Civil Veterinary Dept. North-West Frontier Province 1901-22 - 1901-1922
Year: 1901
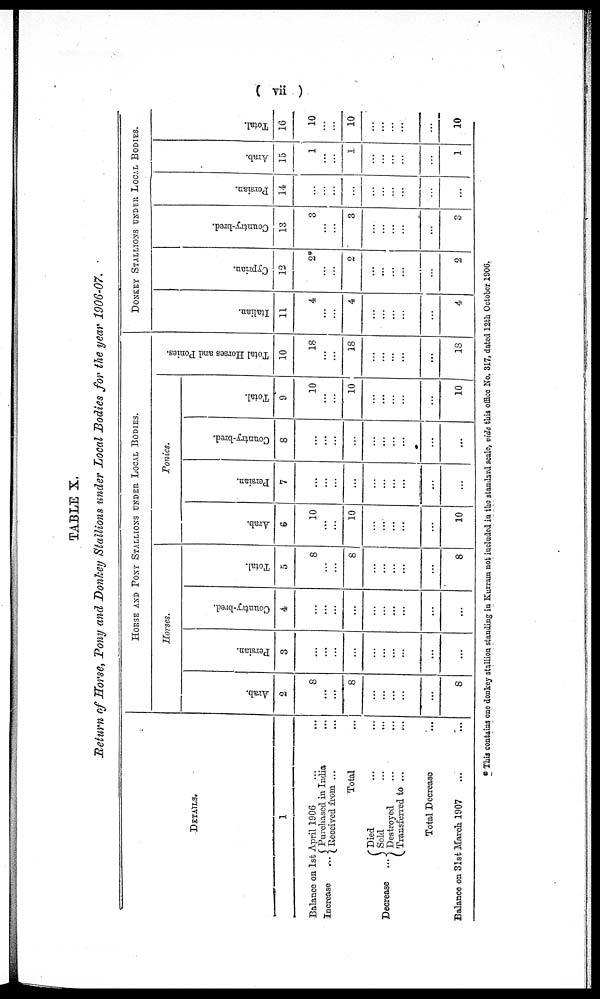
(vii)
TABLE X.
Return of Horse, Pony and Donkey Stallions under Local Bodies for the year 1906-07.
DETAILS.
1
Balance on 1st April 1906 ... ...
Increase
...
Decrease
...
Purchased in India ...
Received from ... ...
Total ...
Died ... ...
Sold ... ...
Destroyed ...
Transferred to ... ...
Total Decrease ...
Balance on 31st March 1907 ... ...
HORSE AND PONY STALLIONS UNDER LOCAL BODIES.
Horses.
Arab.
2
8
...
...
8
...
...
...
...
...
8
Persian.
3
...
...
...
...
...
...
...
...
...
...
Country-bred.
4
...
...
...
...
...
...
...
...
...
...
Total.
5
8
...
...
8
...
...
...
...
...
8
Ponies.
Arab.
6
10
...
...
10
...
...
...
...
...
10
Persian.
7
...
...
...
...
...
...
...
...
...
...
Country-bred.
8
...
...
...
...
...
...
...
...
...
...
Total.
9
10
...
...
10
...
...
...
...
...
10
Total Horses and Ponies.
10
18
...
...
18
...
...
...
...
...
18
DONKEY STALLIONS UNDER LOCAL BODIES.
I t al i an.
11
4
...
...
4
...
...
...
...
...
4
Cypr i
an.
12
2*
...
...
2
...
...
...
...
...
2
Count r
y- br e d.
13
3
...
...
3
...
...
...
...
...
3
Per s i
an.
14
...
...
...
...
...
...
...
...
...
Ar ab.
15
1
...
...
1
...
...
...
...
...
1
Tot al .
16
10
...
...
10
...
...
...
...
...
10
* This contains one donkey stallion standing in Kurram not included in the standard scale, vide this office No. 317, dated 12th October 1906.